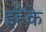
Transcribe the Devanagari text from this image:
इहैके